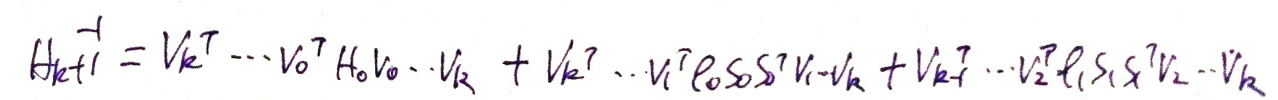
\[
H_{k + 1}^{-1} = V_k^T \cdots V_0^T H_0 V_0 \cdots V_k + V_k^T \cdots V_1^T \rho_0 S_0 S_0^T V_1 \cdots V_k + V_k^T \cdots V_2^T \rho_1 S_1 S_1^T V_2 \cdots V_k
\]